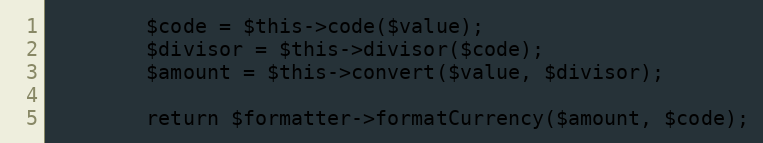
Language: PHP
        $code = $this->code($value);
        $divisor = $this->divisor($code);
        $amount = $this->convert($value, $divisor);

        return $formatter->formatCurrency($amount, $code);